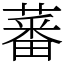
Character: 蕃